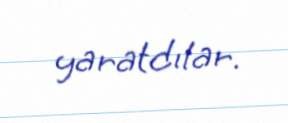
yaratdılar.